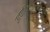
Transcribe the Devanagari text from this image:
उत्पादितपेनसिलिंस